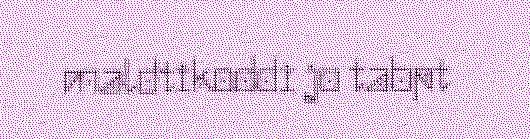
maldtikoddi jo tabpt